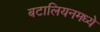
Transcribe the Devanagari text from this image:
बटालियनमध्ये